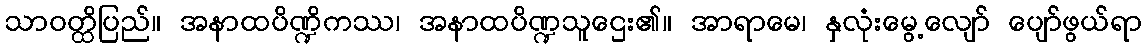
သာဝတ္ထိပြည်။ အနာထပိဏ္ဍိကဿ၊ အနာထပိဏ္ဍသူဌေး၏။ အာရာမေ၊ နှလုံးမွေ့လျော် ပျော်ဖွယ်ရာ